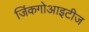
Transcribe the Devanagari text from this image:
जिंकगोआइटीज